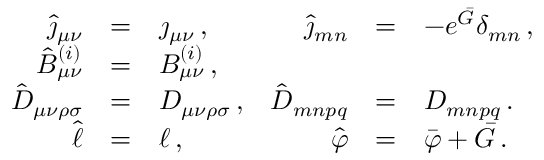
\begin{array} { r c l r c l } { { \hat { \jmath } _ { \mu \nu } } } & { { = } } & { { \jmath _ { \mu \nu } \, , } } & { { \hat { \jmath } _ { m n } } } & { { = } } & { { - e ^ { \bar { G } } \delta _ { m n } \, , } } \\ { { \hat { { \cal B } } _ { \mu \nu } ^ { ( i ) } } } & { { = } } & { { { \cal B } _ { \mu \nu } ^ { ( i ) } \, , } } & { { } } & { { } } & { { } } \\ { { \hat { D } _ { \mu \nu \rho \sigma } } } & { { = } } & { { D _ { \mu \nu \rho \sigma } \, , } } & { { \hat { D } _ { m n p q } } } & { { = } } & { { D _ { m n p q } \, . } } \\ { { \hat { \ell } } } & { { = } } & { { \ell \, , } } & { { \hat { \varphi } } } & { { = } } & { { \bar { \varphi } + \bar { G } \, . } } \end{array}